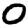
Digit: 0